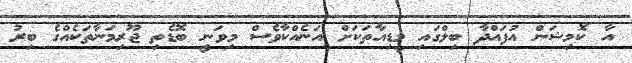
އާ ކޮމިޝަން އުފައްދާ ބިލްގައި މީޑިއާތަކަށް އަނެއްކާވެސް މިވަނީ ބޮޑެތި ޖޫރިމަނާތަކެއްގެ ބިރު